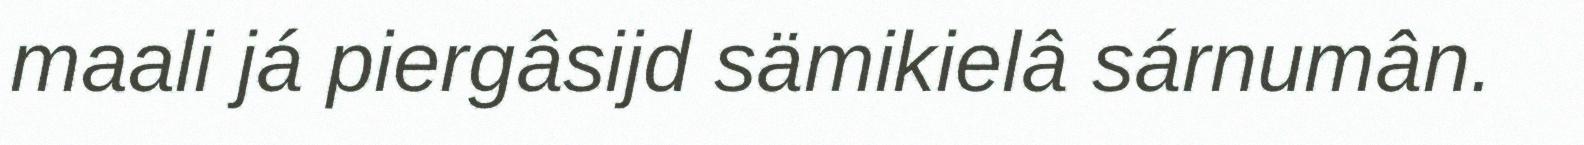
maali já piergâsijd sämikielâ sárnumân.